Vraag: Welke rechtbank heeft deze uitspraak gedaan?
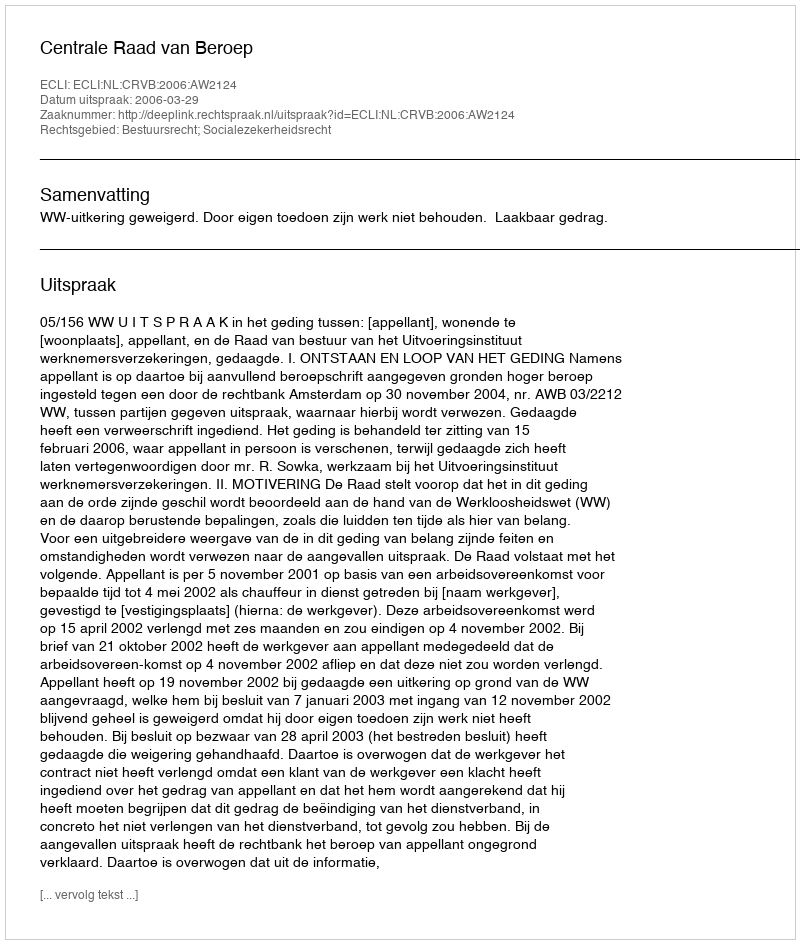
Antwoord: Centrale Raad van Beroep